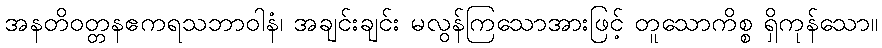
အနတိဝတ္တနဧကရသဘာဝါနံ၊ အချင်းချင်း မလွန်ကြသောအားဖြင့် တူသောကိစ္စ ရှိကုန်သော။